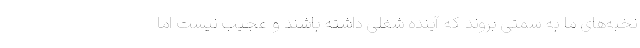
نخبه‌های ما به سمتی بروند که آینده شغلی داشته باشند و عجیب نیست اما